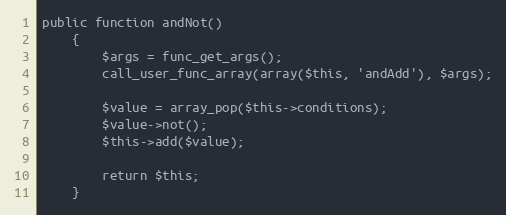
Language: PHP
public function andNot()
    {
        $args = func_get_args();
        call_user_func_array(array($this, 'andAdd'), $args);

        $value = array_pop($this->conditions);
        $value->not();
        $this->add($value);

        return $this;
    }